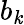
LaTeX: b_{\mathit{k}}